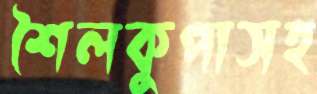
শৈলকুপাসহ